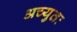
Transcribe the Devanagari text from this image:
अच्युतः